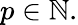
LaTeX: p\in\mathbb{N}.